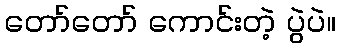
တော်တော် ကောင်းတဲ့ ပွဲပဲ။